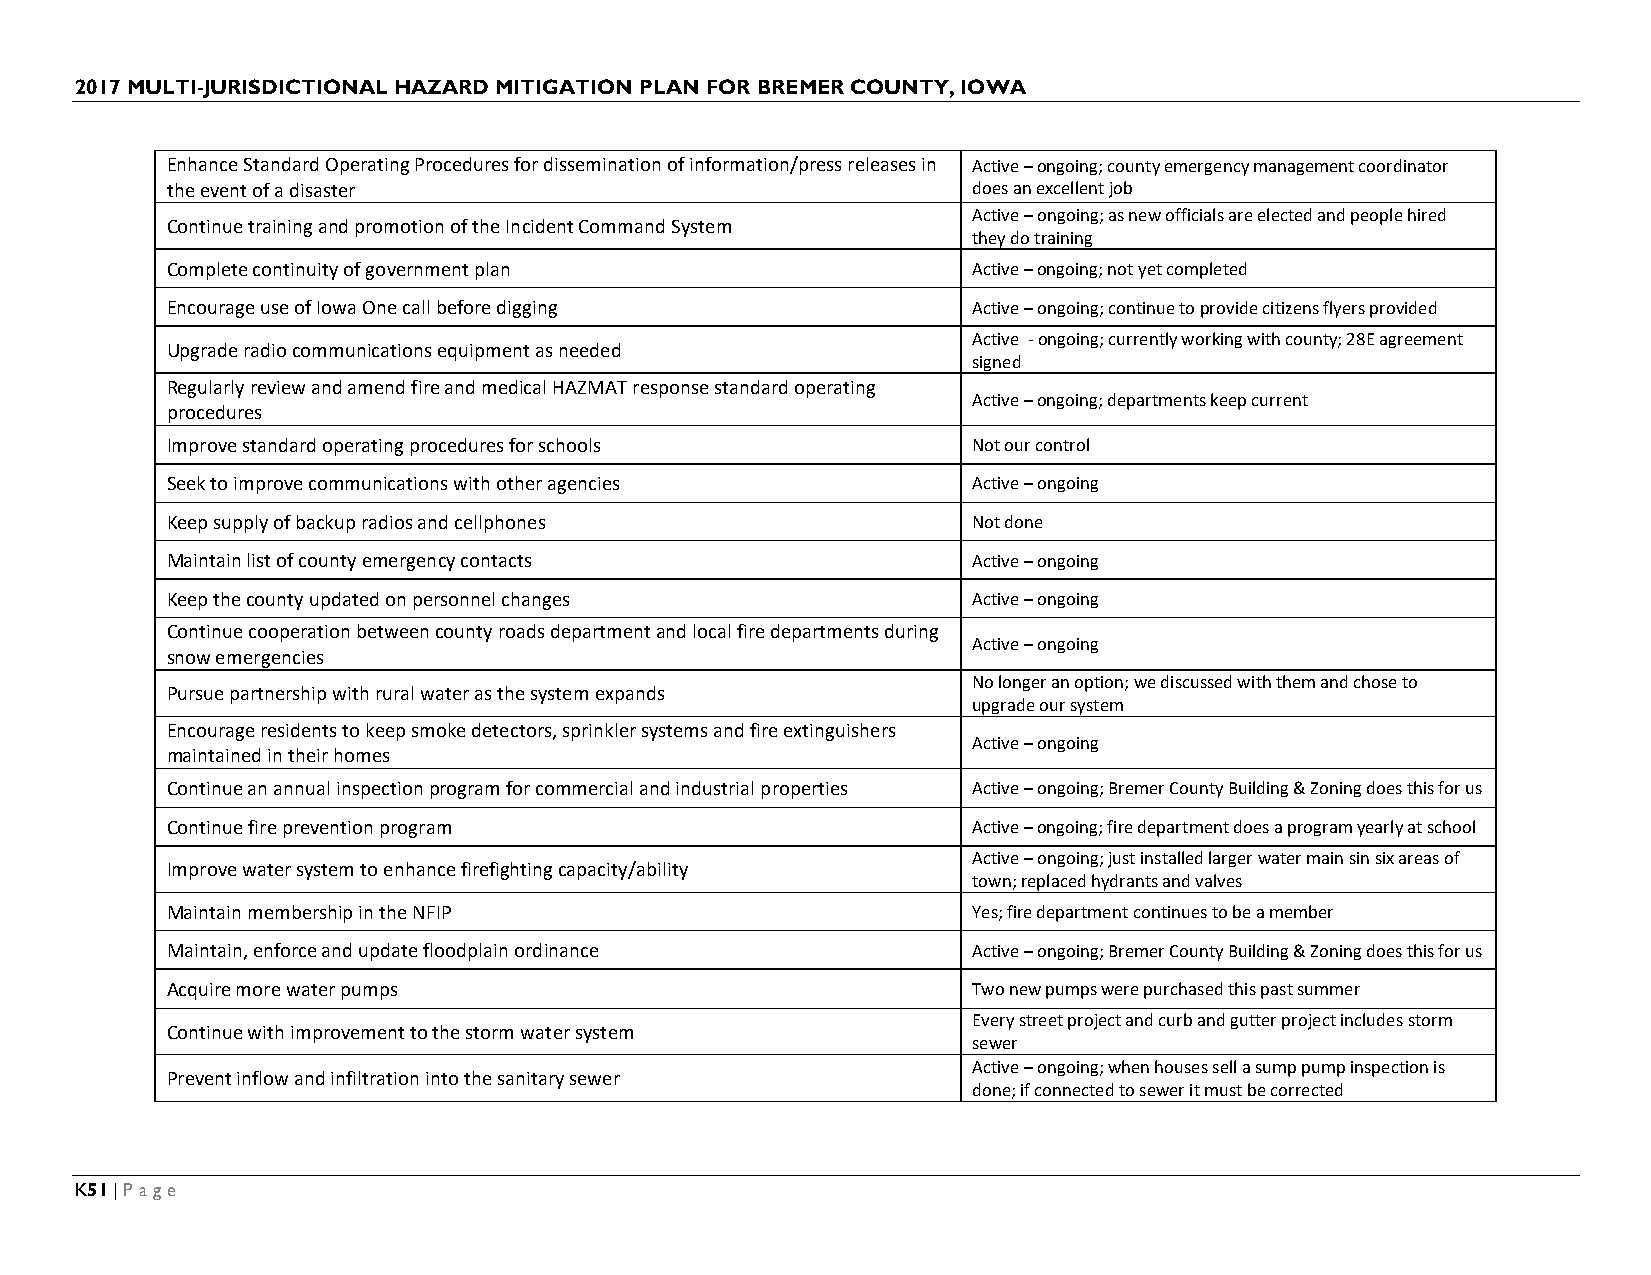
2017 MULTI-JURISDICTIONAL HAZARD MITIGATION PLAN FOR BREMER COUNTY, IOWA
 Enhance Standard Operating Procedures for dissemination of information/press releases in Active – ongoing; county emergency management coordinator
 the event of a disaster                              does an excellent job
 Active – ongoing; as new officials are elected and people hired
 Continue training and promotion of the Incident Command System
 they do training
 Complete continuity of government plan               Active – ongoing; not yet completed
 Encourage use of Iowa One call before digging        Active – ongoing; continue to provide citizens flyers provided
 Active - ongoing; currently working with county; 28E agreement
 Upgrade radio communications equipment as needed
 signed
 Regularly review and amend fire and medical HAZMAT response standard operating
 Active – ongoing; departments keep current
 procedures
 Improve standard operating procedures for schools    Not our control
 Seek to improve communications with other agencies   Active – ongoing
 Keep supply of backup radios and cellphones          Not done
 Maintain list of county emergency contacts           Active – ongoing
 Keep the county updated on personnel changes         Active – ongoing
 Continue cooperation between county roads department and local fire departments during
 Active – ongoing
 snow emergencies
 No longer an option; we discussed with them and chose to
 Pursue partnership with rural water as the system expands
 upgrade our system
 Encourage residents to keep smoke detectors, sprinkler systems and fire extinguishers
 Active – ongoing
 maintained in their homes
 Continue an annual inspection program for commercial and industrial properties Active – ongoing; Bremer County Building & Zoning does this for us
 Continue fire prevention program                     Active – ongoing; fire department does a program yearly at school
 Active – ongoing; just installed larger water main sin six areas of
 Improve water system to enhance firefighting capacity/ability
 town; replaced hydrants and valves
 Maintain membership in the NFIP                      Yes; fire department continues to be a member
 Maintain, enforce and update floodplain ordinance    Active – ongoing; Bremer County Building & Zoning does this for us
 Acquire more water pumps                             Two new pumps were purchased this past summer
 Every street project and curb and gutter project includes storm
 Continue with improvement to the storm water system
 sewer
 Active – ongoing; when houses sell a sump pump inspection is
 Prevent inflow and infiltration into the sanitary sewer
 done; if connected to sewer it must be corrected
 K51 | Page